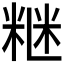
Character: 𥺇